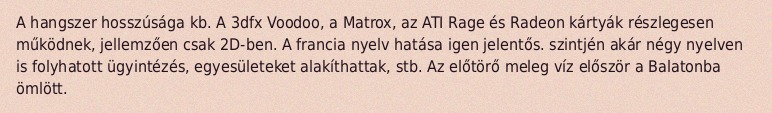
A hangszer hosszúsága kb. A 3dfx Voodoo, a Matrox, az ATI Rage és Radeon kártyák részlegesen működnek, jellemzően csak 2D-ben. A francia nyelv hatása igen jelentős. szintjén akár négy nyelven is folyhatott ügyintézés, egyesületeket alakíthattak, stb. Az előtörő meleg víz először a Balatonba ömlött.